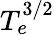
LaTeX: T_{e}^{3/2}